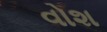
વોશ